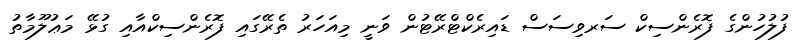
ފުލުހުންގެ ފޮރެންސިކް ސަރވިސަސް ޑައިރެކްޓްރޭޓުން ވަނީ މިއަހަރު ތެރޭގައި ފޮރެންސިކްއާއި ގުޅޭ މަޢުލޫމާތު